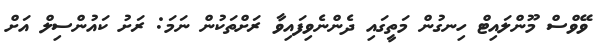
ވޭވްސް މޫންލައިޓް ހިނގުން މަތީގައި ދެންނެވިފައިވާ ރަށްތަކުން ނަމަ: ރަށު ކައުންސިލް އަށް